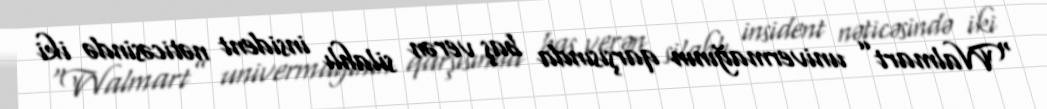
“Walmart” univermağının qarşısında baş verən silahlı insident nəticəsində iki